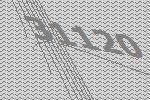
31120